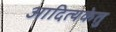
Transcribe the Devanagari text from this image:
आदित्यकेतु